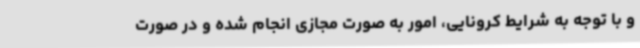
و با توجه به شرایط کرونایی، امور به صورت مجازی انجام شده و در صورت